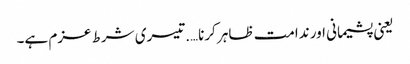
یعنی پشیمانی اور ندامت ظاہر کرنا….تیسری شرط عزم ہے۔